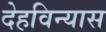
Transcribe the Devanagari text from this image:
देहविन्यास